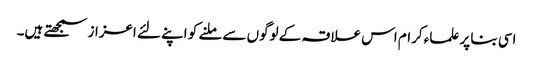
اسی بنا پر علماء کرام اس علاقہ کے لوگوں سے ملنے کو اپنے لئے اعزاز سمجھتے ہیں۔